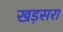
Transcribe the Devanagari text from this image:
खड़सरा